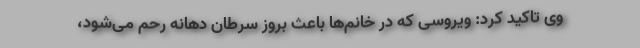
وی تاکید کرد: ویروسی که در خانم‌ها باعث بروز سرطان دهانه رحم می‌شود،